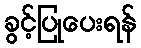
ခွင့်ပြုပေးရန်